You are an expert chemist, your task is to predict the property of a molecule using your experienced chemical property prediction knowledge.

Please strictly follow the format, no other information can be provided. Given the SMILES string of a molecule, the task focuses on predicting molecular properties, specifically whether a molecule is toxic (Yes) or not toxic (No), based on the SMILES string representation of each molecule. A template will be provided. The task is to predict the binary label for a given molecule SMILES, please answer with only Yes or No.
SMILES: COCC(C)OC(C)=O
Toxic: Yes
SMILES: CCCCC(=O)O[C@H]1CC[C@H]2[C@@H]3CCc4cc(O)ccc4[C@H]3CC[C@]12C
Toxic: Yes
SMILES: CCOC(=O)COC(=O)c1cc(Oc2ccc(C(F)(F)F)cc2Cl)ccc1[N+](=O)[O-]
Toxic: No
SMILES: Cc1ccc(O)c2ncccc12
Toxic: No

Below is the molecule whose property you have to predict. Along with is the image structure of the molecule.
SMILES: CCCCCCCCCCCCC(=O)O
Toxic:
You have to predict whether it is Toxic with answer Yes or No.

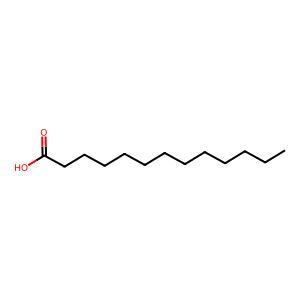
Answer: No